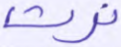
نرث